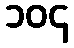
၁၀၄